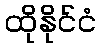
ထိုနိုင်ငံ